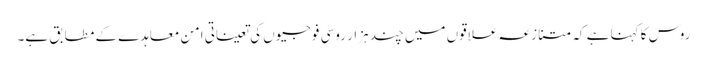
روس کا کہنا ہے کہ متنازعہ علاقوں میں چند ہزار روسی فوجیوں کی تعیناتی امن معاہدے کے مطابق ہے۔